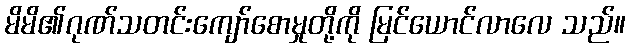
မိမိ၏ဂုဏ်သတင်းကျော်စောမှုတို့ကို မြင်ယောင်လာလေ သည်။